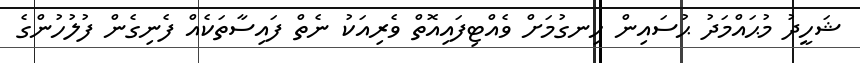
ޝަހީދު މުޙައްމަދު ޙުސައިން ހިނގުމަށް ވެއްޓިފައިއޮތް ވެރިއަކު ނެތް ފައިސާތަކެއް ފެނިގެން ފުލުހުންގެ